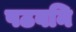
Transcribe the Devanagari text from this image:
पठवनि